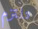
تلتزم